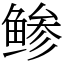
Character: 鲹